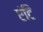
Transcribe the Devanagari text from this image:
एंटि